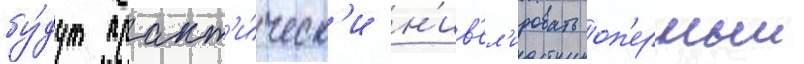
бу́дут практ'и́ческ'и н'ив'ел'ировать оп'ерныи